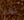
نهدأ